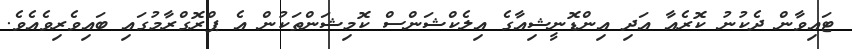
ޓައިވާން ދެކުނު ކޮރެއާ އަދި އިންޑޮނީޝިއާގެ އިލެކްޝަންސް ކޮމިޝަންތަކުން އެ ޕްރޮގްރާމުގައި ބައިވެރިވެއެވެ.